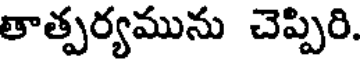
తాత్పర్యమును చెప్పిరి.